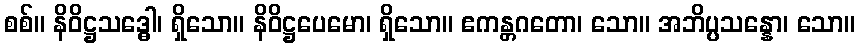
စစ်။ နိဝိဋ္ဌသဒ္ဓေါ၊ ရှိသော။ နိဝိဋ္ဌပေမော၊ ရှိသော။ ဧကန္တဂတော၊ သော။ အဘိပ္ပသန္နော၊ သော။